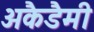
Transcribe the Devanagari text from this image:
अकैडैमी